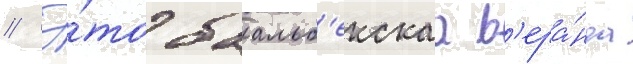
// Э́то баальб'екскаа в'ера́нда